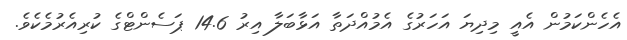
އެހެންކަމުން އެއީ މިދިޔަ އަހަރުގެ އެމުއްދަތާ އަޅާބަލާ އިރު 14.6 ޕަސެންޓްގެ ކުރިއެރުމެކެވެ.